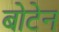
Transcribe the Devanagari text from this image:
बोटेन